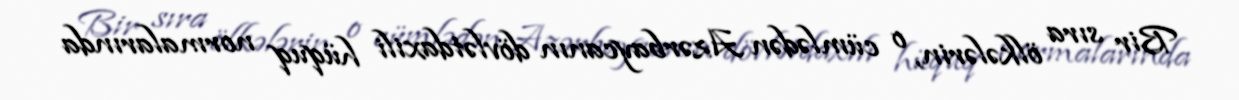
Bir sıra ölkələrin, o cümlədən Azərbaycanın dövlətdaxili hüquq normalarında